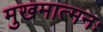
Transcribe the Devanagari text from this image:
मुखमात्मनः